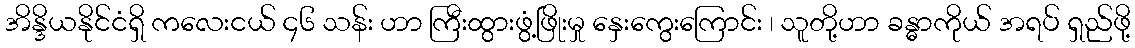
အိန္ဒိယနိုင်ငံရှိ ကလေးငယ် ၄၆ သန်း ဟာ ကြီးထွားဖွံ့ဖြိုးမှု နှေးကွေးကြောင်း ၊ သူတို့ဟာ ခန္ဓာကိုယ် အရပ် ရှည်ဖို့